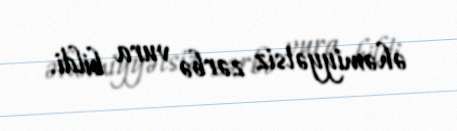
əhəmiyyətsiz zərbə vura bildi.